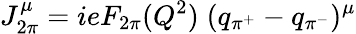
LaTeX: J_{2\pi}^{\mu}=ieF_{2\pi}(Q^{2})\; (q_{\pi^{+}}-q_{\pi^{-}})^{\mu}